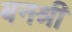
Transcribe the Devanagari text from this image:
बनश्री